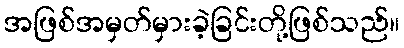
အဖြစ်အမှတ်မှားခဲ့ခြင်းတို့ဖြစ်သည်။